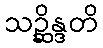
သဉ္ဆိန္ဒတိ